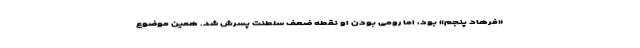
«فرهاد پنجم» بود، اما رومی بودن او نقطه ضعف سلطنت پسرش شد. همین موضوع